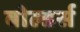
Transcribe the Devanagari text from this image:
बोल्डर्स